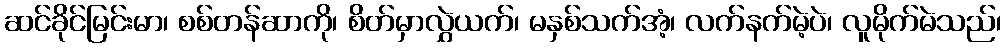
ဆင်ခိုင်မြင်းမာ၊ စစ်တန်ဆာကို၊ စိတ်မှာလွှဲယက်၊ မနှစ်သက်အံ့၊ လက်နက်မဲ့ပဲ၊ လူမိုက်မဲသည်၊